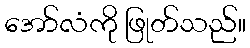
အော်လံကို ဖြုတ်သည်။